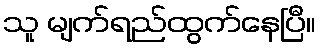
သူ မျက်ရည်ထွက်နေပြီ။